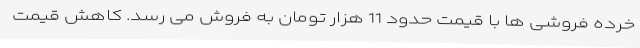
خرده فروشی ها با قیمت حدود 11 هزار تومان به فروش می رسد. کاهش قیمت